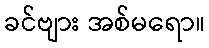
ခင်ဗျား အစ်မရော။